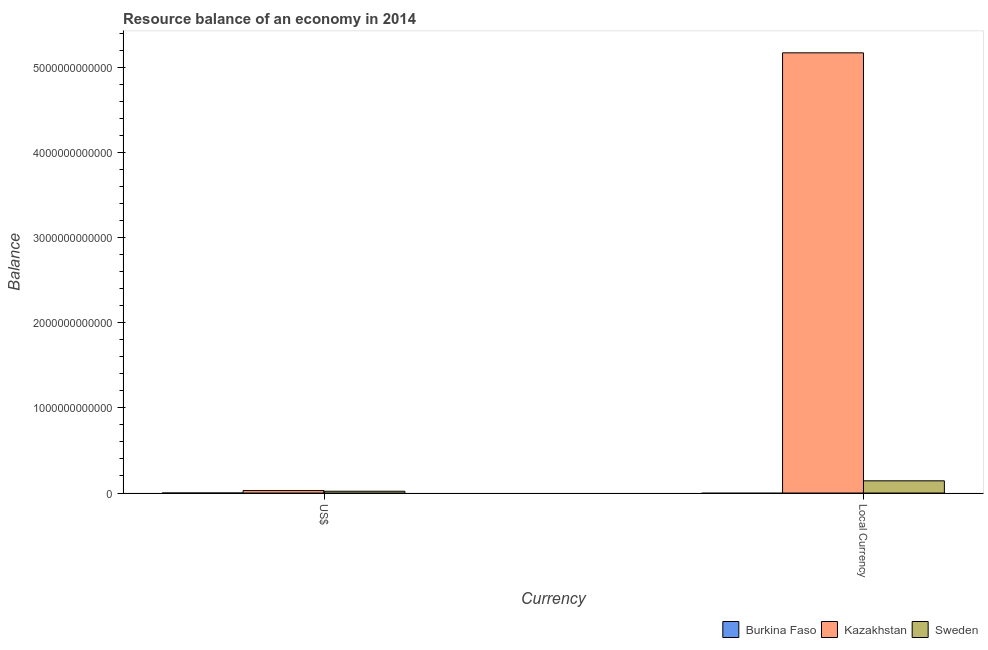
| Currency | Burkina Faso | Kazakhstan | Sweden |
 | --- | --- | --- | --- |
 | US$ | -8.42e+08 | 2.88e+10 | 2.09e+10 |
 | Local Currency | -4.16e+11 | 5.17e+12 | 1.43e+11 |